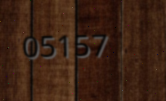
05157